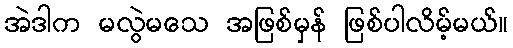
အဲဒါက မလွဲမသေ အဖြစ်မှန် ဖြစ်ပါလိမ့်မယ်။